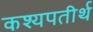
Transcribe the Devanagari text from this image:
कश्यपतीर्थ